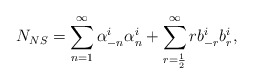
\begin{align*}N_{NS} = \sum_{n=1} ^\infty \alpha_{-n} ^i \alpha_n ^i +\sum_{r=\frac{1}{2}}^\infty r b_{-r} ^i b_r ^i ,\end{align*}